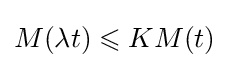
M(\lambda t)\leqslant KM(t)